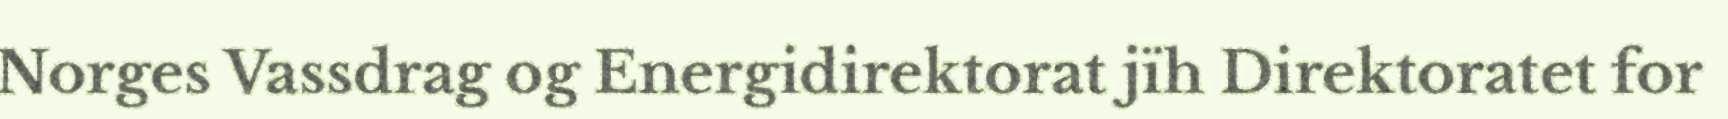
Norges Vassdrag og Energidirektorat jïh Direktoratet for